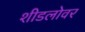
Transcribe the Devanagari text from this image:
शीडलोवर